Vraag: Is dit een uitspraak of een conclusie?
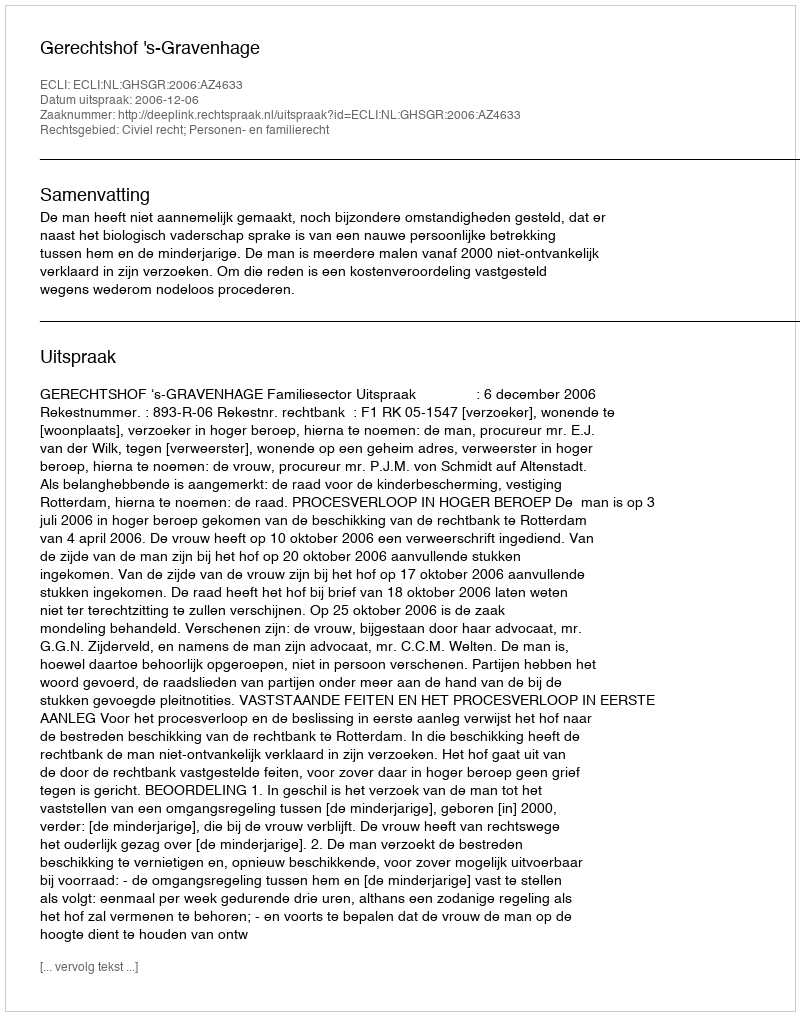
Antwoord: Uitspraak